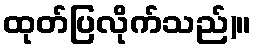
ထုတ်ပြလိုက်သည်)။